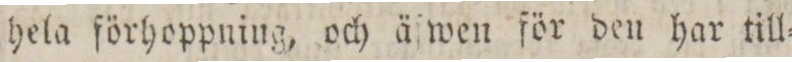
hela förhoppning, och äſwen för den har till=